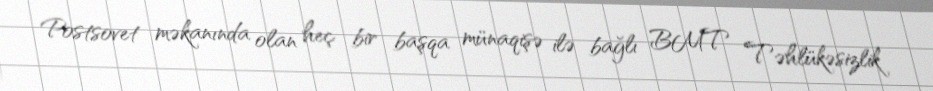
Postsovet məkanında olan heç bir başqa münaqişə ilə bağlı BMT Təhlükəsizlik